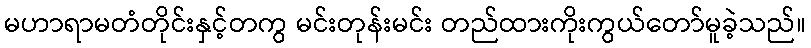
မဟာရာမတံတိုင်းနှင့်တကွ မင်းတုန်းမင်း တည်ထားကိုးကွယ်တော်မူခဲ့သည်။